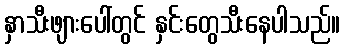
နှာသီးဖျားပေါ်တွင် နှင်းတွေသီးနေပါသည်။